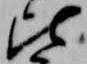
比